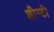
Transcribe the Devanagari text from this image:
शीन्टी